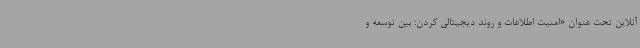
آنلاین تحت عنوان «امنیت اطلاعات و روند دیجیتالی کردن: بین توسعه و